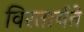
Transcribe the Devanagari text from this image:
विस्तार्यते